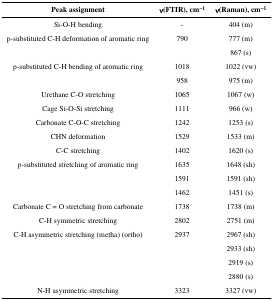
<table><thead><tr><td><b>Peak assignment</b></td><td><b>ν(FTIR), cm<sup>−1</sup></b></td><td><b>ν(Raman), cm<sup>−1</sup></b></td></tr></thead><tbody><tr><td>Si-O-H bending</td><td>-</td><td>404 (m)</td></tr><tr><td rowspan="2">p-substituted C-H deformation of aromatic ring</td><td>790</td><td>777 (m)</td></tr><tr><td></td><td>867 (s)</td></tr><tr><td rowspan="2">p-substituted C-H bending of aromatic ring</td><td>1018</td><td>1022 (vw)</td></tr><tr><td>958</td><td>975 (m)</td></tr><tr><td>Urethane C-O stretching</td><td>1065</td><td>1067 (w)</td></tr><tr><td>Cage Si-O-Si stretching</td><td>1111</td><td>966 (w)</td></tr><tr><td>Carbonate C-O-C stretching</td><td>1242</td><td>1253 (s)</td></tr><tr><td>CHN deformation</td><td>1529</td><td>1533 (m)</td></tr><tr><td>C-C stretching</td><td>1402</td><td>1620 (s)</td></tr><tr><td rowspan="3">p-substituted stretching of aromatic ring</td><td>1635</td><td>1648 (sh)</td></tr><tr><td>1591</td><td>1591 (sh)</td></tr><tr><td>1462</td><td>1451 (s)</td></tr><tr><td>Carbonate C = O stretching from carbonate</td><td>1738</td><td>1738 (m)</td></tr><tr><td>C-H symmetric stretching</td><td>2802</td><td>2751 (m)</td></tr><tr><td rowspan="4">C-H asymmetric stretching (metha) (ortho)</td><td>2937</td><td>2967 (sh)</td></tr><tr><td></td><td>2933 (sh)</td></tr><tr><td></td><td>2919 (s)</td></tr><tr><td></td><td>2880 (s)</td></tr><tr><td>N-H asymmetric stretching</td><td>3323</td><td>3327 (vw)</td></tr></tbody></table>